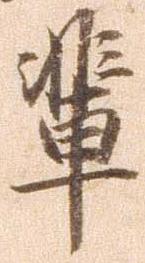
輩